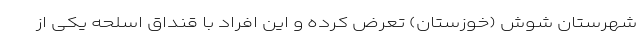
شهرستان شوش (خوزستان) تعرض کرده و این افراد با قنداق اسلحه یکی از